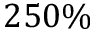
2 5 0 \%